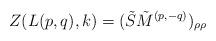
LaTeX: \begin{align*}Z(L(p,q),k)=(\tilde{S}\tilde{M}^{(p,-q)})_{\rho\rho}\end{align*}